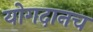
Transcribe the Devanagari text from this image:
योगदानच